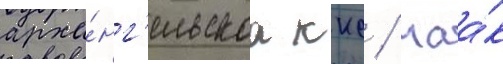
арха́нг'ельскаа ккс / маа́к